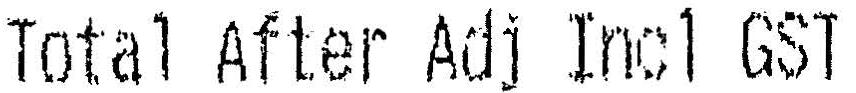
TOTAL AFTER ADJ INCL GST